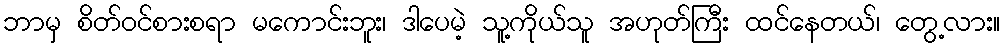
ဘာမှ စိတ်ဝင်စားစရာ မကောင်းဘူး၊ ဒါပေမဲ့ သူ့ကိုယ်သူ အဟုတ်ကြီး ထင်နေတယ်၊ တွေ့လား။